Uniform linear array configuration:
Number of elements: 8
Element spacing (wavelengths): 0.75
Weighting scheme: hamming
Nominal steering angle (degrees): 30
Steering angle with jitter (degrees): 29.713
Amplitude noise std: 0.05
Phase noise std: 0.05

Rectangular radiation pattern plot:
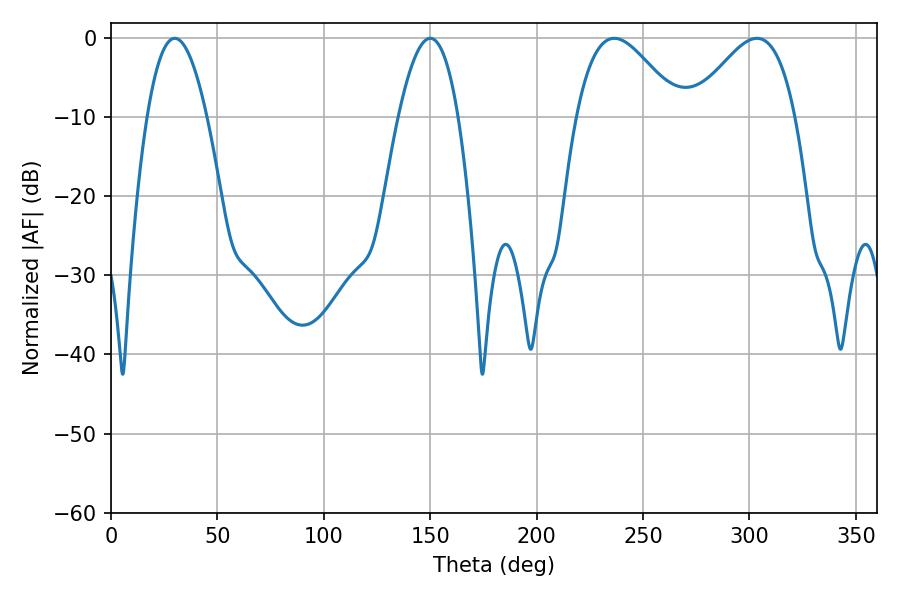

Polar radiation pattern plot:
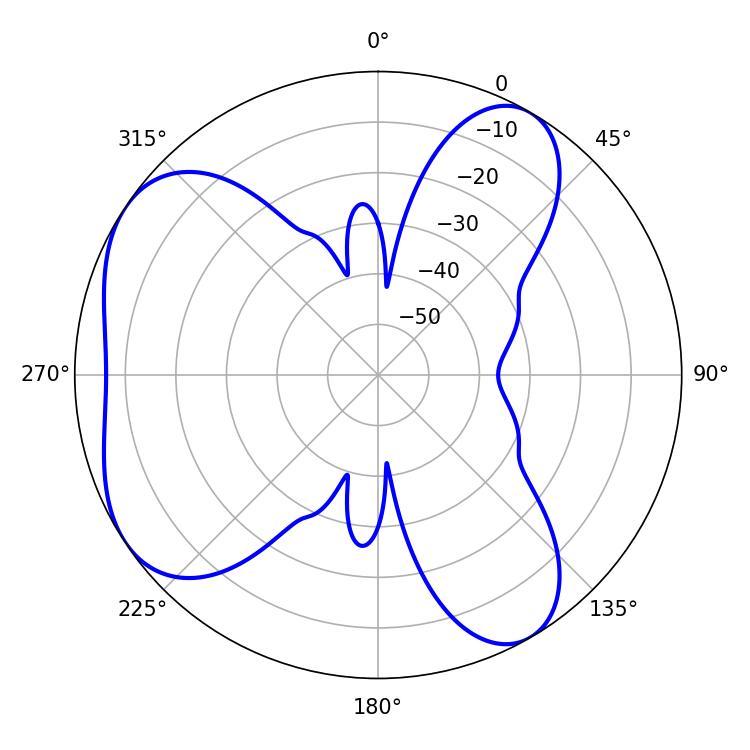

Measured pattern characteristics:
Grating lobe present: TRUE
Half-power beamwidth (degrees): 25.92
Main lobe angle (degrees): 236.52